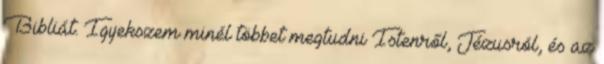
Bibliát. Igyekszem minél többet megtudni Istenről, Jézusról, és az